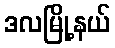
ဒလမြို့နယ်